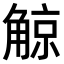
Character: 𧤀